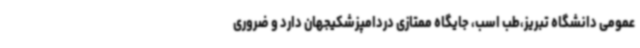
عمومی دانشگاه تبریز،طب اسب، جایگاه ممتازی دردامپزشکیجهان دارد و ضروری